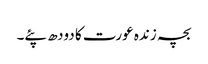
بچہ زندہ عورت کا دودھ پئے۔